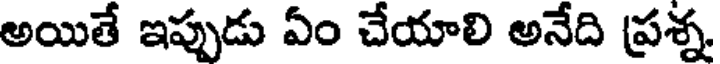
అయితే ఇప్పుడు ఏం చేయాలి అనేది ప్రశ్న.